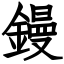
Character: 鏝